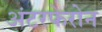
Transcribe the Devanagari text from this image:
अंटरफेरोन